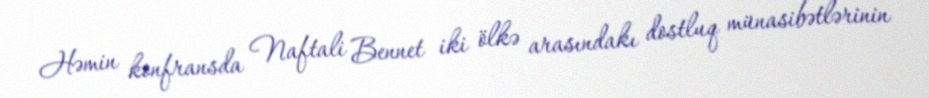
Həmin konfransda Naftali Bennet iki ölkə arasındakı dostluq münasibətlərinin